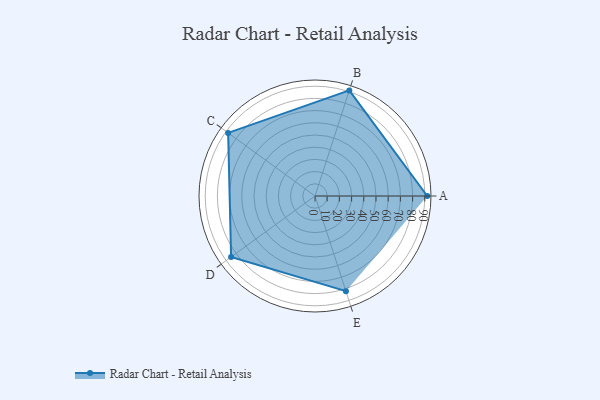
{"axis": {"x": "Skill", "y": "Score"}, "legend": ["Profile"], "data": [{"x": "A", "y": 92.0, "type": "Profile"}, {"x": "B", "y": 91.0, "type": "Profile"}, {"x": "C", "y": 88.0, "type": "Profile"}, {"x": "D", "y": 85.0, "type": "Profile"}, {"x": "E", "y": 82.0, "type": "Profile"}]}